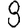
Digit: 8